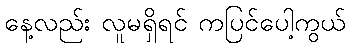
နေ့လည်း လူမရှိရင် ကပြင်ပေါ့ကွယ်